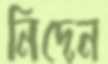
নিদেন